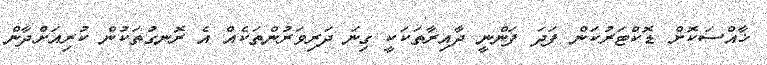
ޚާއްސަކޮށް ޑޮކްޓަރުކަން ފަދަ ފަންނީ ދާއިރާތަކަކީ ގިނަ ދަރިވަރުންތަކެއް އެ ރޮނގުތަކުން ކުރިއަށްދާން